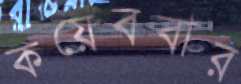
কয়েববার